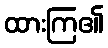
ထားကြ၏